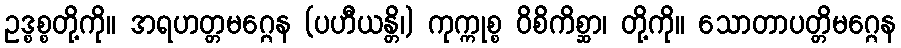
ဥဒ္စစ္စတို့ကို။ အရဟတ္တမဂ္ဂေန (ပဟီယန္တိ၊) ကုက္ကုစ္စ ဝိစိကိစ္ဆာ၊ တို့ကို။ သောတာပတ္တိမဂ္ဂေန